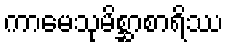
ကာမေသုမိစ္ဆာစာရိဿ